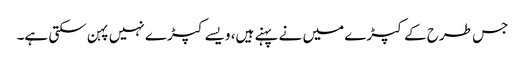
جس طرح کے کپڑے میں نے پہنے ہیں، ویسے کپڑے نہیں پہن سکتی ہے۔